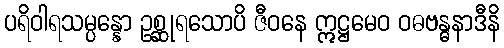
ပရိဝါရသမ္ပန္နော ဥစ္ဆုရသောပိ ဇီဝနေ ဣဋ္ဌမေဝ ဝဓဗန္ဓနာဒီနိ